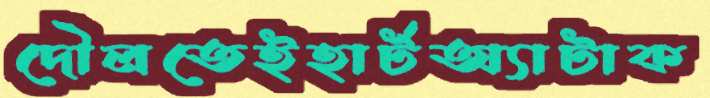
দৌলতেইহার্টঅ্যাটাক